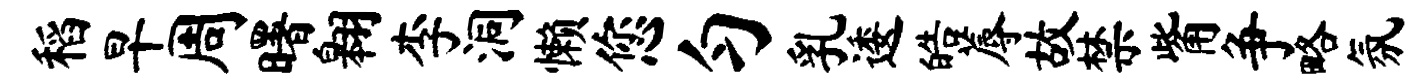
稻早周曙翱李洞懒您匀乳逶皓蓐故禁觜争略氛